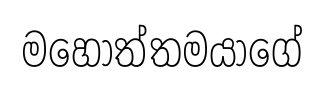
මහෝත්තමයාගේ